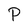
Character: P